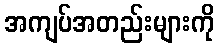
အကျပ်အတည်းများကို